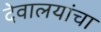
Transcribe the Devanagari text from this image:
देवालयांचा